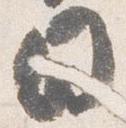
日